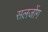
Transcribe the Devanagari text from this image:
सलजोंग